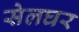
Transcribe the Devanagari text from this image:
सेलघर